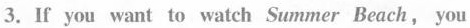
3.If you want to watch Summer Beach,you